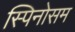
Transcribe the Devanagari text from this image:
स्पिनोसम